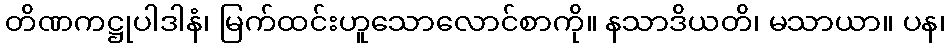
တိဏကဋ္ဌုပါဒါနံ၊ မြက်ထင်းဟူသောလောင်စာကို။ နသာဒိယတိ၊ မသာယာ။ ပန၊